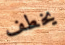
يخطف